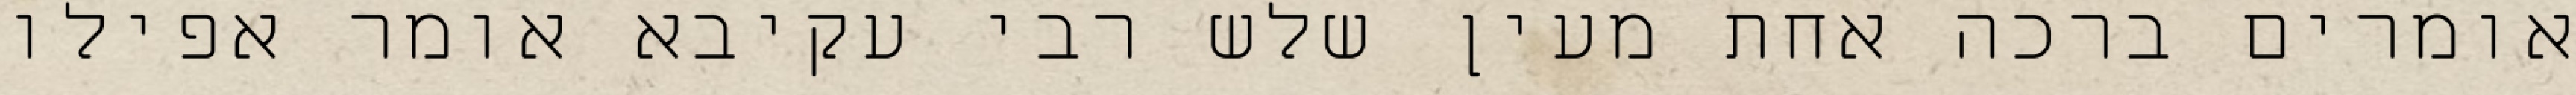
אומרים ברכה אחת מעין שלש רבי עקיבא אומר אפילו